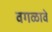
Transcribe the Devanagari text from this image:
वगळावे